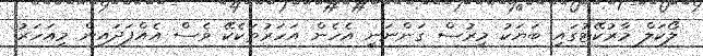
ލޯކަލް މާރުކޭޓުގައި ބަޔަކު މިރުސް ގަންނަނީ އެހެން އަހަރުތަކެކޭ ވެސް އެއްފަދައިން މިއަހަރު